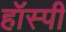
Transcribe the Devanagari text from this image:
हॉस्पी